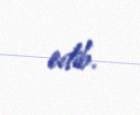
edib.